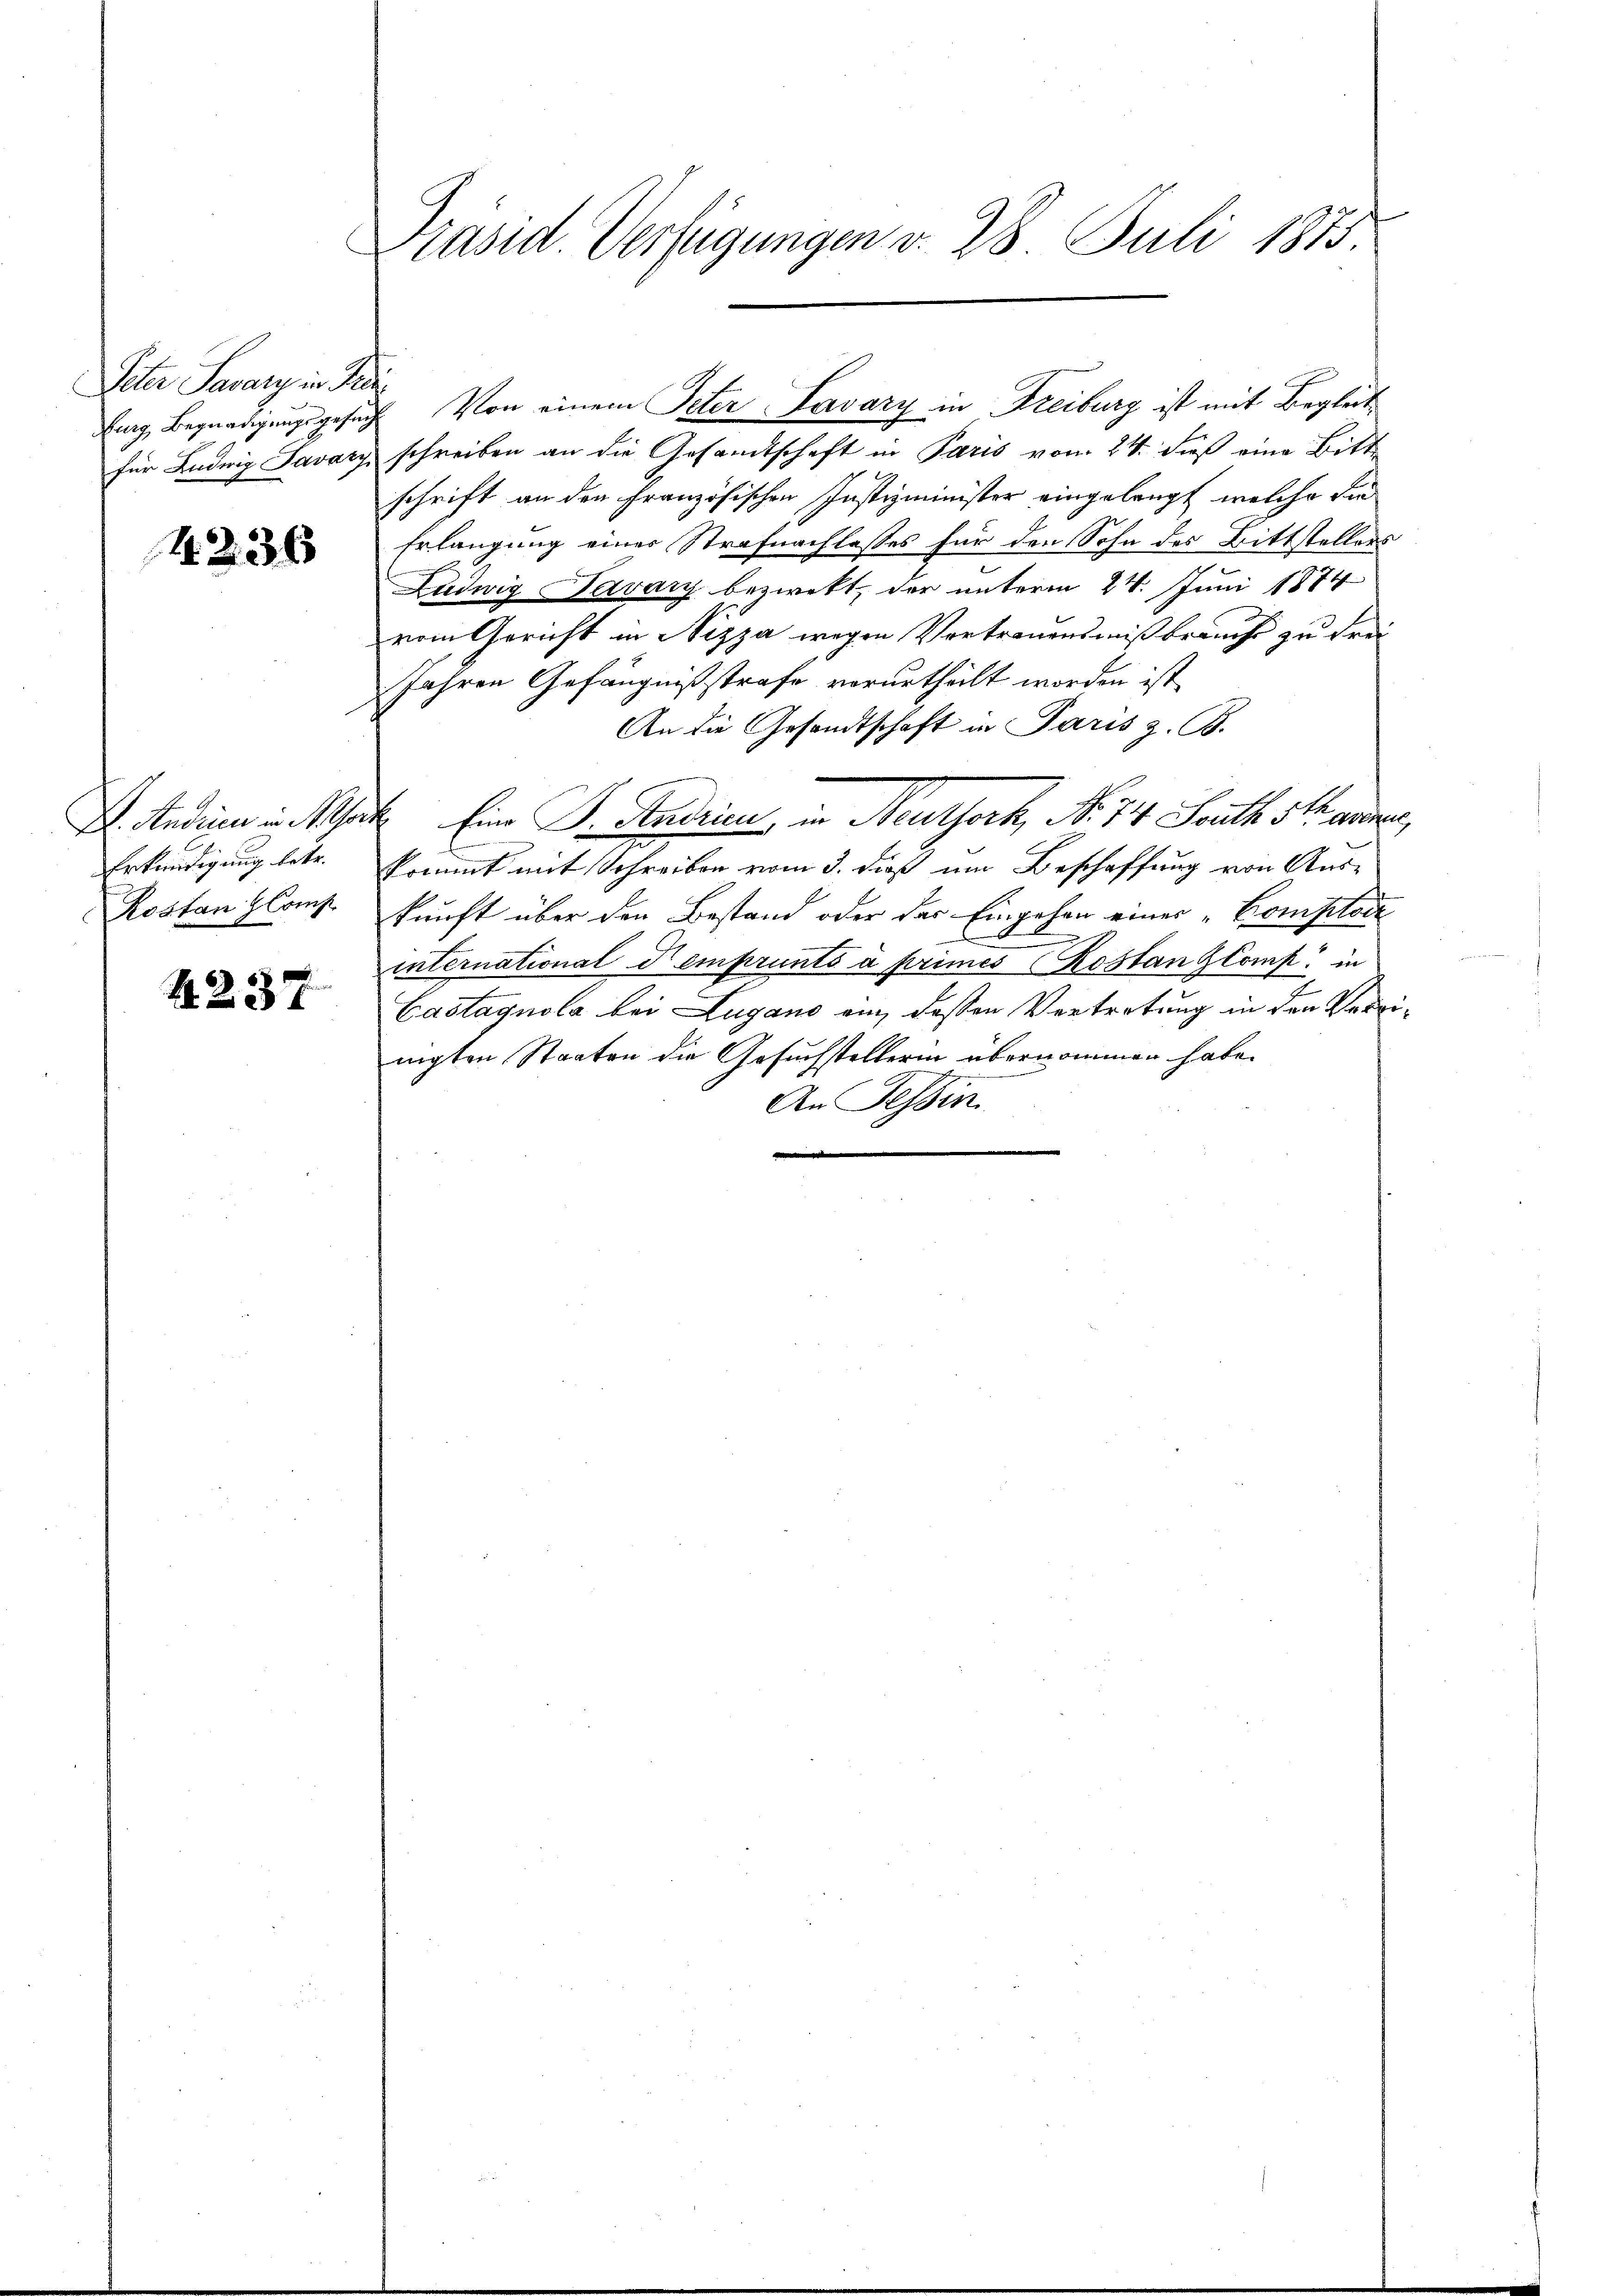
Veter Savary in Frei

4. 236

7.
Erkundigung betr.
Rostanz Comp.

4237

Präsid. Verfügungen v. 28. Juli 1873.

für Ludwig Savary schreiben an die Gesandtschaft in Paris vom 24. dieß eine Bitt-
schrift an den Französischen Justizminister eingelangt, welche sie
Erlangung eines Strafnachlasses für den Sohn des Bittstellers
Ludwig Savary bezwekt, der unterm 24. Juni 1874
vom Gericht in Nizza wegen Vertrauensmißbrauchs zu Frei
Jahren Gefängnißstrafe verurtheilt worden ist,
An die Gesandtschaft in Paris z. B.
. Anden in hat Eine Dr. Andrien in Neuthoch, No 74. South. Standen,
kommt mit Schreiben vom 3. dieß um Beschaffung von Aus-
kunft über den Bestand oder der Eingehen einer „Comploie
e
international d emprunts à primes Rostan ZComp. in
Castagnola bei Lugano ein, deßen Vertretung in den Verrinigten Staaten die Gesuchstellerin übernommen habe.
An Tessin
.

lung, Begnadigungsgesuch Von einem Peter Lavary in Freiburg ist mit Begleit¬